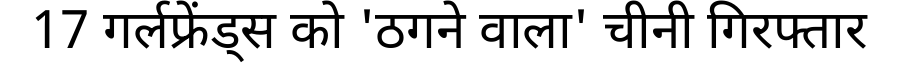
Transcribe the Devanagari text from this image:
17 गर्लफ्रेंड्स को 'ठगने वाला' चीनी गिरफ्तार